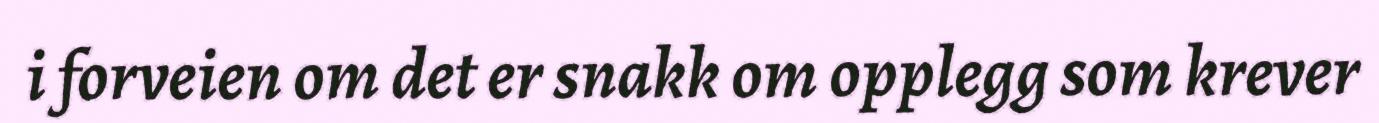
i forveien om det er snakk om opplegg som krever